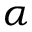
\alpha